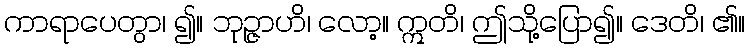
ကာရာပေတွာ၊ ၍။ ဘုဉ္ဇာဟိ၊ လော့။ ဣတိ၊ ဤသို့ပြော၍။ ဒေတိ၊ ၏။